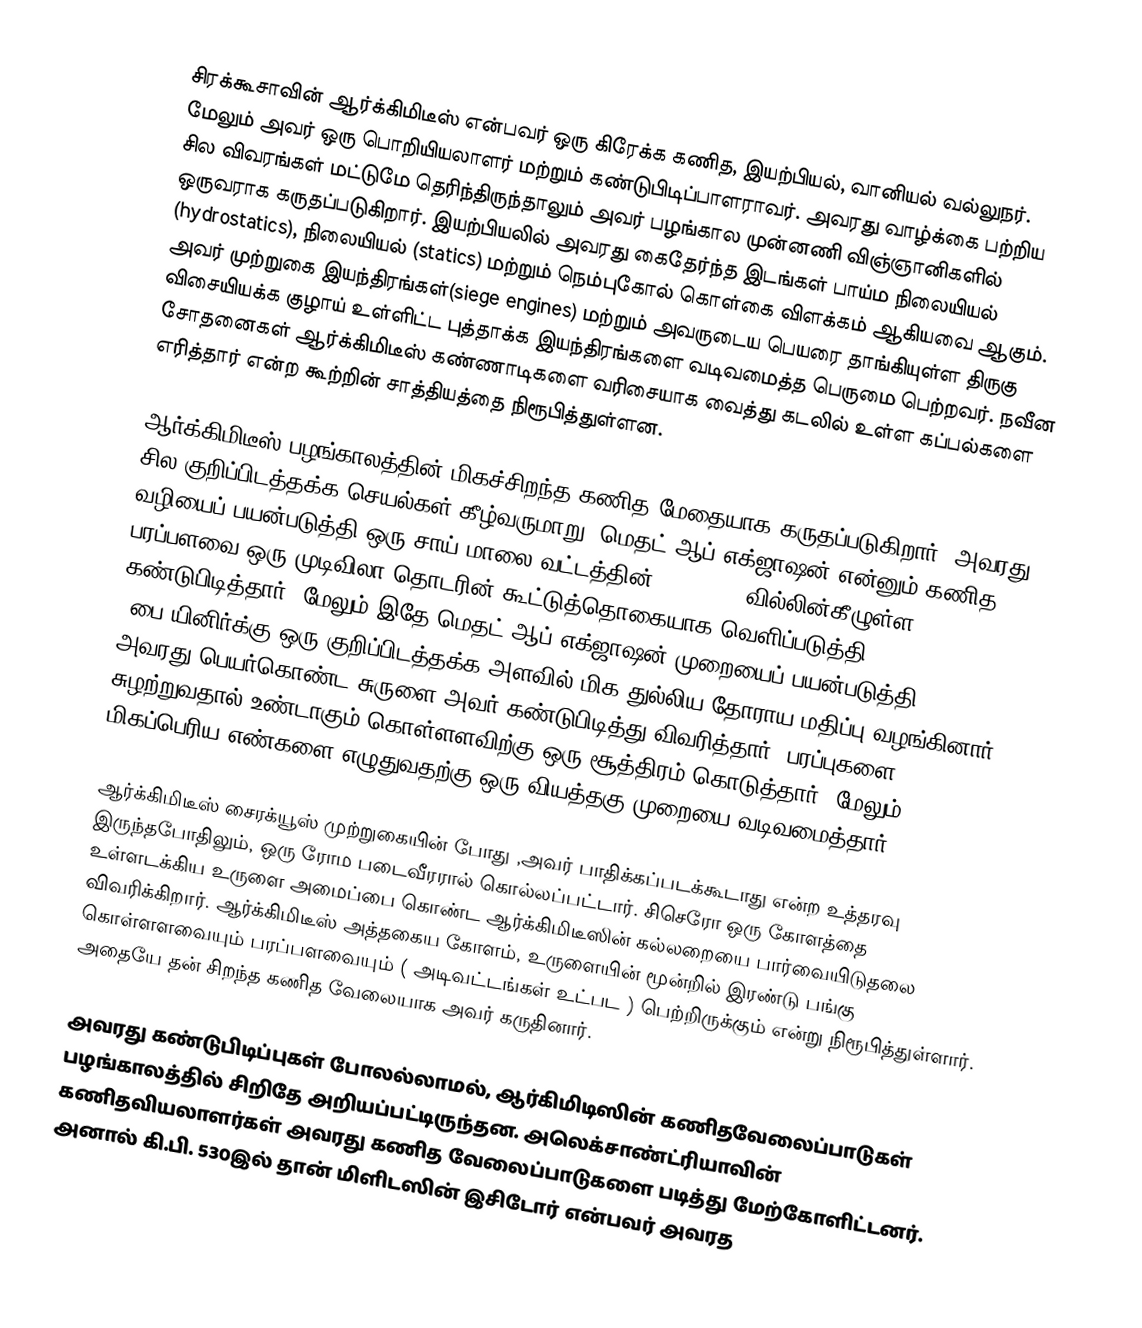
சிரக்கூசாவின் ஆர்க்கிமிடீஸ் என்பவர் ஒரு கிரேக்க கணித, இயற்பியல், வானியல் வல்லுநர். மேலும் அவர் ஒரு பொறியியலாளர் மற்றும் கண்டுபிடிப்பாளராவர். அவரது வாழ்க்கை பற்றிய சில விவரங்கள் மட்டுமே தெரிந்திருந்தாலும் அவர் பழங்கால முன்னணி விஞ்ஞானிகளில் ஒருவராக கருதப்படுகிறார். இயற்பியலில் அவரது கைதேர்ந்த இடங்கள் பாய்ம நிலையியல் (hydrostatics), நிலையியல் (statics) மற்றும் நெம்புகோல் கொள்கை விளக்கம் ஆகியவை ஆகும். அவர் முற்றுகை இயந்திரங்கள்(siege engines) மற்றும் அவருடைய பெயரை தாங்கியுள்ள திருகு விசையியக்க குழாய் உள்ளிட்ட புத்தாக்க இயந்திரங்களை வடிவமைத்த பெருமை பெற்றவர். நவீன சோதனைகள் ஆர்க்கிமிடீஸ் கண்ணாடிகளை வரிசையாக வைத்து கடலில் உள்ள கப்பல்களை எரித்தார் என்ற கூற்றின் சாத்தியத்தை நிரூபித்துள்ளன.

ஆர்க்கிமிடீஸ் பழங்காலத்தின் மிகச்சிறந்த கணித மேதையாக கருதப்படுகிறார். அவரது சில குறிப்பிடத்தக்க செயல்கள் கீழ்வருமாறு: மெதட் ஆப் எக்ஜாஷன் என்னும் கணித வழியைப் பயன்படுத்தி ஒரு சாய் மாலை வட்டத்தின்(parabola) வில்லின்கீழுள்ள பரப்பளவை ஒரு முடிவிலா தொடரின் கூட்டுத்தொகையாக வெளிப்படுத்தி கண்டுபிடித்தார். மேலும் இதே மெதட் ஆப் எக்ஜாஷன் முறையைப் பயன்படுத்தி 'பை'யினிர்க்கு ஒரு குறிப்பிடத்தக்க அளவில் மிக துல்லிய தோராய மதிப்பு வழங்கினார்.  அவரது பெயர்கொண்ட சுருளை அவர் கண்டுபிடித்து விவரித்தார். பரப்புகளை சுழற்றுவதால் உண்டாகும் கொள்ளளவிற்கு ஒரு சூத்திரம் கொடுத்தார். மேலும் மிகப்பெரிய எண்களை எழுதுவதற்கு ஒரு வியத்தகு முறையை வடிவமைத்தார்.

ஆர்க்கிமிடீஸ் சைரக்யூஸ் முற்றுகையின் போது ,அவர் பாதிக்கப்படக்கூடாது என்ற உத்தரவு இருந்தபோதிலும், ஒரு ரோம படைவீரரால் கொல்லப்பட்டார். சிசெரோ ஒரு கோளத்தை உள்ளடக்கிய உருளை அமைப்பை கொண்ட ஆர்க்கிமிடீஸின் கல்லறையை பார்வையிடுதலை விவரிக்கிறார். ஆர்க்கிமிடீஸ் அத்தகைய கோளம், உருளையின் மூன்றில் இரண்டு பங்கு கொள்ளளவையும் பரப்பளவையும் ( அடிவட்டங்கள் உட்பட ) பெற்றிருக்கும் என்று நிரூபித்துள்ளார். அதையே தன் சிறந்த கணித வேலையாக அவர் கருதினார்.

அவரது கண்டுபிடிப்புகள் போலல்லாமல், ஆர்கிமிடிஸின் கணிதவேலைப்பாடுகள் பழங்காலத்தில் சிறிதே அறியப்பட்டிருந்தன. அலெக்சாண்ட்ரியாவின் கணிதவியலாளர்கள் அவரது கணித வேலைப்பாடுகளை படித்து மேற்கோளிட்டனர். அனால் கி.பி. 530இல் தான் மிளிடஸின் இசிடோர் என்பவர் அவரத